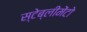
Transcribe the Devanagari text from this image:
स्टेब्लीमेंटो